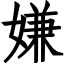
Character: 嫌